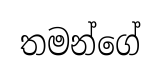
තමන්ගේ